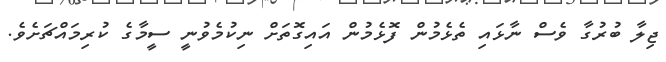
ޖިލާ ބުރުގާ ވެސް ނާޅައި ތެޅެމުން ފޮޅެމުން އައިގޮތަށް ނިކުމެވުނީ ސީމާގެ ކުރިމައްޗަށެވެ.